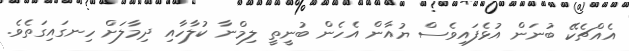
އެއްޗެކޭ ބުނަން އުޅެފައިވެސް ޔުއާން އެހެން ބުނީތީ ލިމްނާ ކުލާހާއި ދިމާލަށް ހިނގައިގަތެވެ.